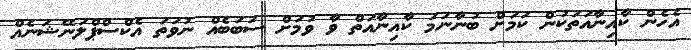
އެހެން ކާއިނާއަތަކުން ކަމަށް ބުނާނަމަ ކާއިނާއަތް ވާ ވުމަށް ސަބަބެއް ނުވަތަ އެކްސްޕްލަނޭޝަނެއް